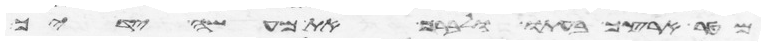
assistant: מטר ארצך בעתו לברך את כל מעשה ידיך